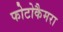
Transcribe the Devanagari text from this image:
फोटोकैमरा